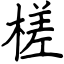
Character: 槎